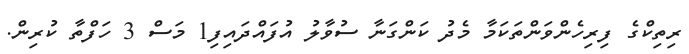
ރިތިކްގެ ފިރިހެންވަންތަކަމާ މެދު ކަންގަނާ ސުވާލު އުފައްދައިފި1 މަސް 3 ހަފްތާ ކުރިން.